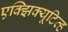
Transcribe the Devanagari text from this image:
एक्झिक्यूटिव्ह